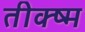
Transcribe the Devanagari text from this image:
तीक्ष्म